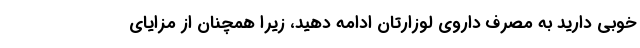
خوبی دارید به مصرف داروی لوزارتان ادامه دهید، زیرا همچنان از مزایای